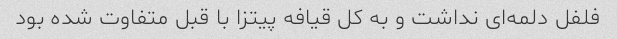
فلفل دلمه‌ای نداشت و به کل قیافه پیتزا با قبل متفاوت شده بود